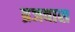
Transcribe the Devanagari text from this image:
ब्रजवास